system: You are a helpful assistant.
user:
Analyze the provided spectrum to determine if it is a **White Dwarf (WD)**.

A White Dwarf spectrum is defined by its **extreme purity** (due to gravitational settling) and/or **extreme pressure broadening** (due to high surface gravity). You must check for one of the following mutually exclusive signatures:

- **Key Visual Indicators (Check for ONE of these types):**

    - **1. DA-Type Signature (Most Common):**
        - **(Primary Feature):** Extreme pressure broadening (Stark broadening) of the **Hydrogen (H) Balmer lines**.
        - **(Key Lines):** $H\beta$ (approx. $4861$ Å) and $H\gamma$ (approx. $4340$ Å). $H\alpha$ (approx. $6563$ Å) will also be present if the wavelength range covers it.
        - **(Line Profile):** This is the **defining feature**. The lines are **NOT** sharp. They appear as massive, **extremely broad and deep "troughs" or "dips"** in the spectrum, often hundreds of Ångströms wide. The continuum will appear to "scoop" down at these wavelengths.
        - **(Distinction):** Normal A-type or B-type stars have *narrow* and *sharp* Hydrogen lines. A DA White Dwarf's lines are unmistakably "smeared" or "blurry" from pressure.

    - **2. DB-Type Signature:**
        - **(Primary Feature):** Broad absorption lines from **Neutral Helium (He I)**. The spectrum must lack any visible Hydrogen lines.
        - **(Key Lines):** Look for broad absorption near $4471$ Å, $4921$ Å, and $5876$ Å.
        - **(Line Profile):** These lines are also significantly pressure-broadened, appearing much wider than they would in a normal B-type main-sequence star.

    - **3. DC-Type Signature:**
        - **(Primary Feature):** A **featureless continuous spectrum**.
        - **(Line Profile):** The spectrum is a smooth curve with **no significant absorption or emission lines**.
        - **(Key Confirmation):** The continuum is almost always **blue or white**, indicating a hot object. This signature implies the atmosphere is so pure (or so cool) that no spectral lines are visible in the optical range. Its WD identity is confirmed by its extremely low intrinsic brightness (high absolute magnitude).

    - **4. DZ-Type Signature (Metal-Polluted):**
        - **(Primary Feature):** **Isolated, narrow metal absorption lines** on an otherwise featureless (DC-like) continuum.
        - **(Key Lines):** The **Calcium (Ca II) H & K doublet** (approx. **$3934$ Å** and **$3968$ Å**) is the most common and defining feature.
        - **(Line Profile):** These lines are "out of place." They are *not* part of a "forest" of thousands of lines. This signature is evidence of recent *accretion* (pollution) from rocky debris.
        - **(Distinction):** Normal G/K/M stars have a *dense forest* of thousands of metal lines. A DZ has a *clean* continuum with *only a few* strong metal lines.

    - **5. DQ-Type Signature (Carbon-Polluted):**
        - **(Primary Feature):** Absorption bands from **Carbon (C₂ "Swan Bands" or atomic C I)**.
        - **(Key Lines - C₂):** Look for bandheads with a "saw-tooth" shape near $5635$ Å, **$5165$ Å** (strongest), and $4737$ Å.
        - **(Key Confirmation):** The underlying **continuum must be blue or white** (hot).
        - **(Distinction):** This is the critical difference from a **Carbon Star**, which has the *exact same* C₂ bands but on an extremely **red, cool** continuum.

- **(Overall Spectrum):**
    - The continuum (overall shape) is typically **blue-sloping** (brighter in the blue than the red), as most white dwarfs are very hot.
    - The spectrum will look "pure" or "simple," dominated by only *one* of the five signatures listed above.

Think first, call **spectral_visualization_tool** if needed to examine features in detail, then provide your final answer. Your response must adhere to the following strict rules:
1.  **Overall Structure:** Your response must follow the format `<think>...</think> <tool_call>...</tool_call> (if a tool is used) <answer>...</answer>`.
2.  **Tool Usage Constraint:** You may only make **one** tool call per turn.
3.  **Final Answer Format:** In the `<answer>` tag, your conclusion must be inside a `\boxed{}` command (e.g., `\boxed{YES}` or `\boxed{NO}`), followed by your justification.

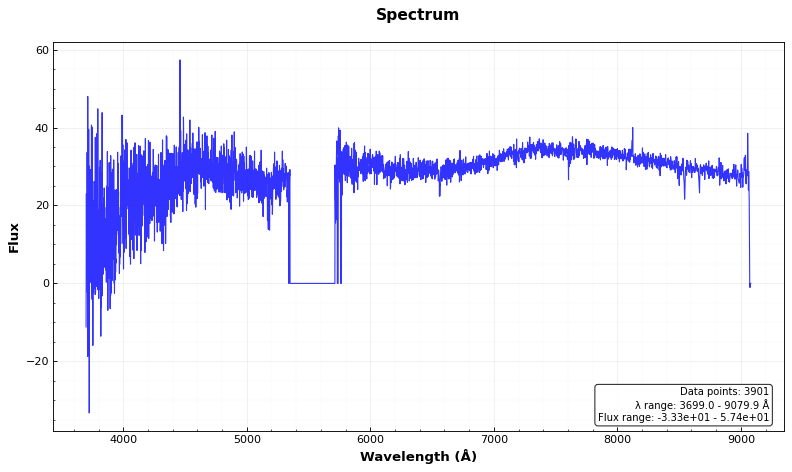
Answer: NO